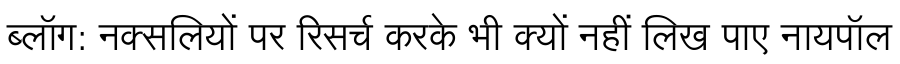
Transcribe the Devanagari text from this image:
ब्लॉग: नक्सलियों पर रिसर्च करके भी क्यों नहीं लिख पाए नायपॉल